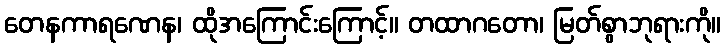
တေနကာရဏေန၊ ထိုအကြောင်းကြောင့်။ တထာဂတော၊ မြတ်စွာဘုရားကို။